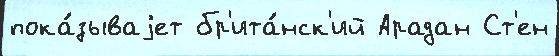
пока́зываjет бр'ита́нск'ий Арадан Ст'ен